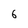
Character: 6